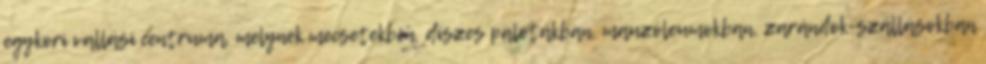
egykori vallási centruma, melynek mecsetekben, díszes palotákban, mauzóleumokban, zarándok-szállásokban